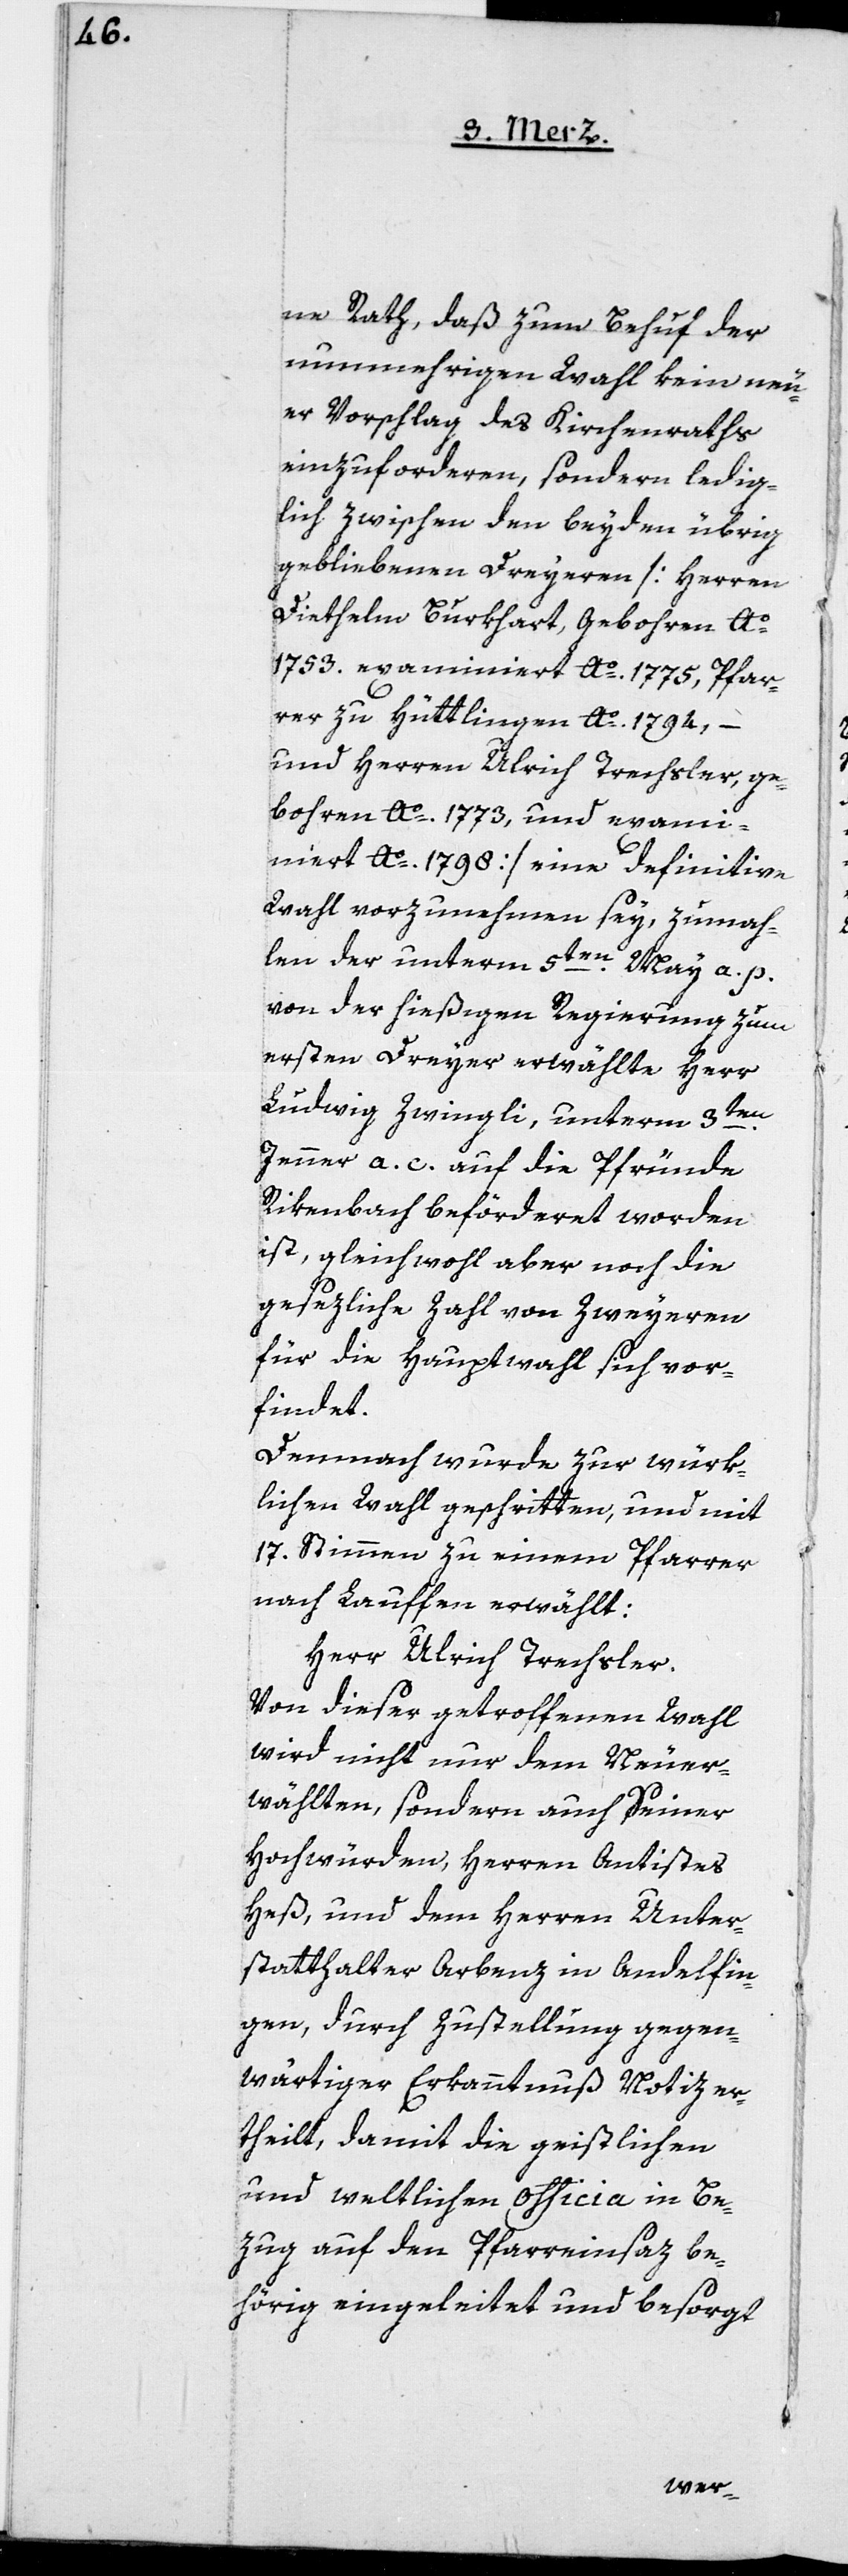
ne Rath, daß zum Behuf der
nunmehrigen Wahl kein neu¬
er Vorschlag des Kirchenraths
einzufordern, sondern ledig¬
lich zwischen den beyden übrig
gebliebenen Dreyeren [Herren
Diethelm Burkhart, gebohren Ao.
1753. examiniert Ao. 1775, Pfar¬
rer zu Hüttlingen Ao. 1794,
–
und Herren Ulrich Trachsler, ge¬
bohren Ao. 1773, und exami¬
niert Ao. 1798] eine definitive
Wahl vorzunehmen sei, zumah¬
len der unterm 5t¬
en May a. p.
von der hießigen Regierung zum
ersten Dreyer erwählte Herr
Ludwig Zwingli, unterm 3ten
Jenner a. c. auf die Pfründe
Rikenbach befördert worden
ist, gleichwohl aber noch die
gesezliche Zahl von Zweyeren
für die Hauptwahl sich vor¬
findet.
Demnach wurde zur würk¬
lichen Wahl geschritten, und mit
17. Stimmen zu einem Pfarrer
nach Lauffen erwählt:
Herr Ulrich Trachsler.
Von dieser getroffenen Wahl
wird nicht nur dem Neuer¬
wählten, sondern auch Seiner
Hochwürden, Herrn Antistes
Heß, und dem Herren Unter¬
statthalter Arbenz in Andelfin¬
gen, durch Zustellung gegen¬
wärtiger Erkanntnus Notiz er¬
theilt, damit die geistlichen
und weltlichen Officia in Be¬
zug auf den Pfarreinsaz be¬
hörig eingeleitet und besorgt